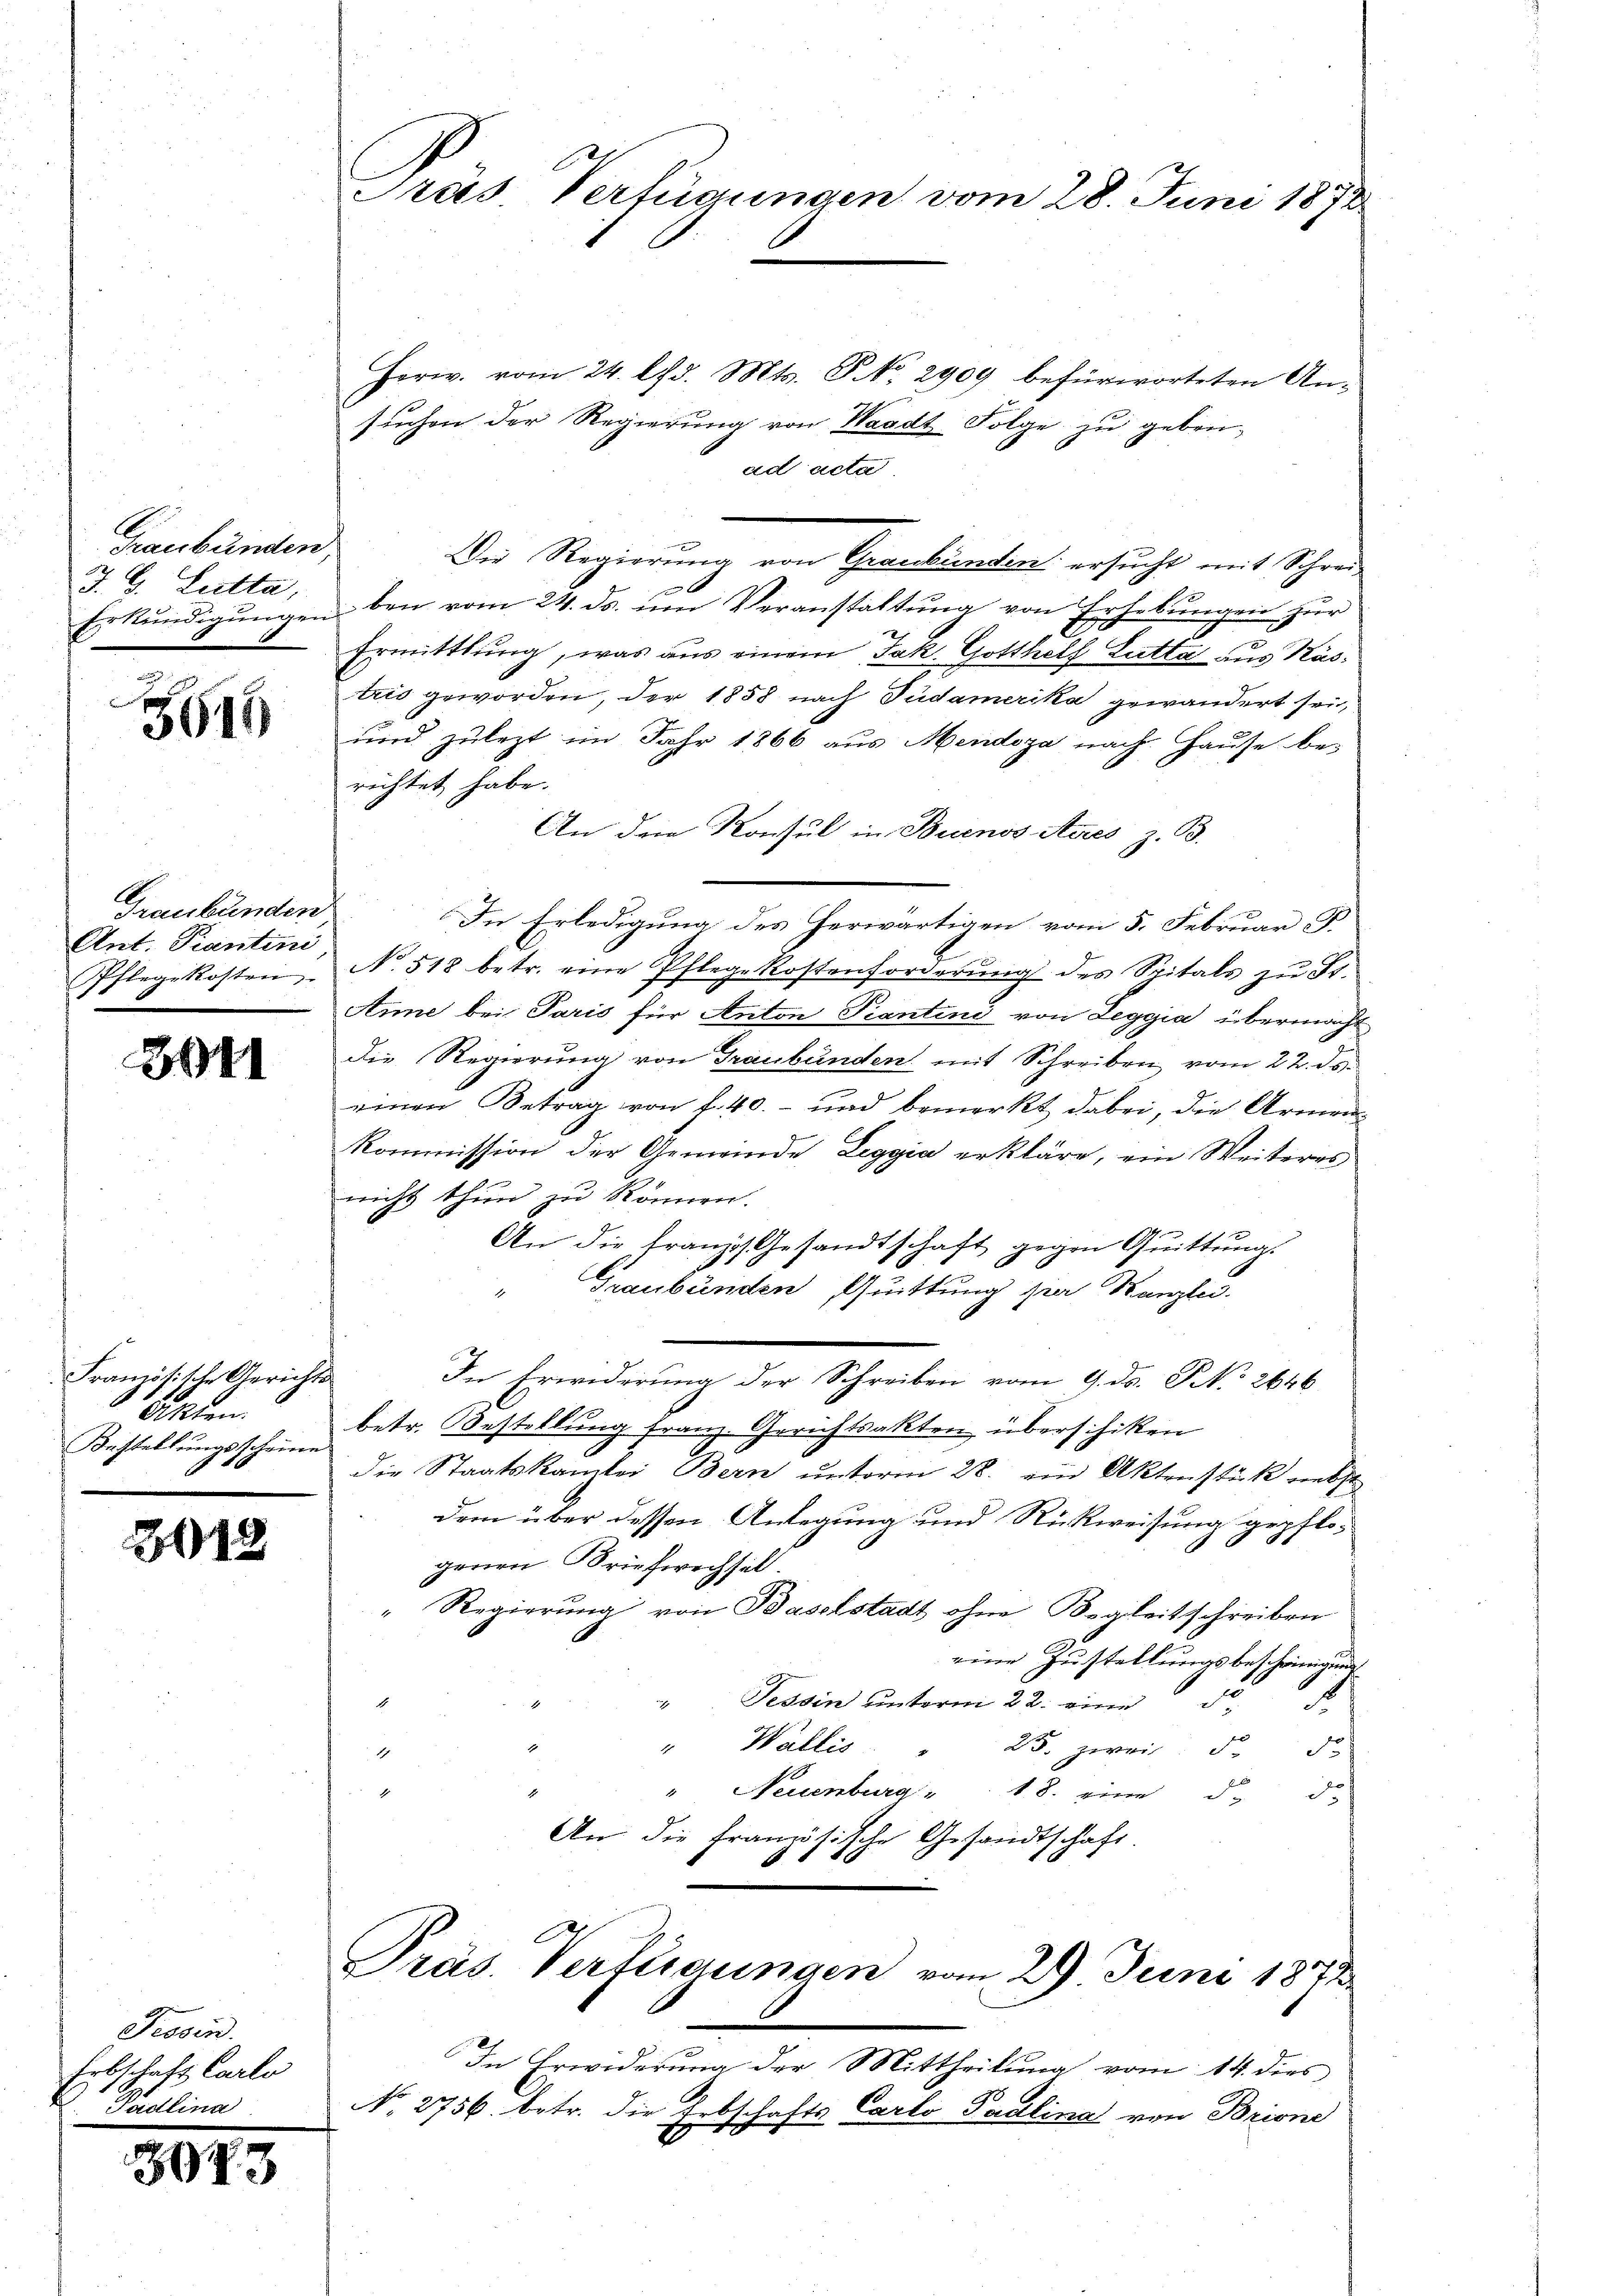
Graubünden
J. G. Letta,
Erkundigungen

695

Graubünden
Ant. Piantini
Pflegekosten

3011

Französische Gerichts-
Akten.
Bestellungsscheine
e

3018

Provin
Eebschaft Carlo
Paulina

3973

Krás Verfügungen vom 28. Juni 1872

Herw. vom 24. Chr. Mts. S. No. 2909 befürworteten An-
suchen der Regierung von Waadt Folge zu geben,
ad acta
x
Die Regierung von Graubünden ersucht mit Schrei¬
.

ben vom 24. ds. im Veranstaltung von Erhebungen zur
Ermittlung, was aus einem Jak. Gotthelf Lutta aus Kästris geworden, der 1858 nach Südamerika gewändert sei,
und zulezt im Jahr 1866 aus Mendoza nach Hause bes
richtet habe.
An den Konsul in Buenos Aires z. B.
In Erledigung des herwärtigen vom 5. Februar, F.
No 518 betr. eine Pflegekostenforderŭng des Spitals zŭ Fr.
Anne bei Paris für Anton Piantini von Leggia übermacht
Die Regierung von Graubünden mit Schreiben vom 22. ds.
einen Betrag von f. 40.- und bemerkt dabei, die Armen¬
Kommission der Gemeinde Leggia erkläre, ein Weiteres
nicht thun zu können.
An die franzis Gesandtschaft gegen Quittung.
Graubünden, Quittung sie Kanzlei.
In Erwiderung der Schreiben vom 9. ds. No 2646
betr. Bestellung franz. Gerichtsakten überschiken
die Staatskamlei Bern ŭnterm 28. ein Aktenstück nebst
dem über dessen Anlegung und Rückweisung gepflogenen Briefwechsel.
" Regierung von Baselstadt ohne Begleitschreiben
eine Zustellungsbescheinigung
Tessin unterm 22. eine 15 f
1
4
" Wallis . . 25. zwei 5 5
1
" Neuenburg " 18. ein d. d.

An die Französische Gesandtschaft
d

Präs. Verfügungen vom 29. Juni 1872
In Erwiderung der Mittheilung vom 14. dies
No. 2756. betr. die Erbschafts Carlo Paulina von Brione

F